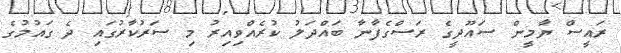
ރައީސް ޔާމީން ސައޫދީގެ ރަސްގެފާނާ ބައްދަލު ކުރެއްވިއިރު މި ސަރުކާރުގައި ދެ ގައުމުގެ